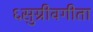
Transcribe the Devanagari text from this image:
६सुग्रीवगीता